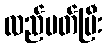
လည်ပတ်ပြီး